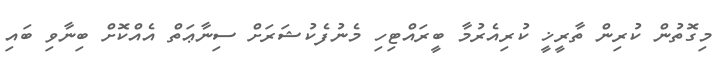
މިގޮތުން ކުރިން ތާރީޚީ ކުރިއެރުމާ ބީރައްޓިހި މެނުފެކުޝަރަށް ސިނާޢަތް އެއްކޮށް ބިނާވި ބައި